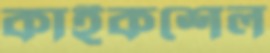
কাইকশেল